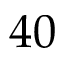
4 0